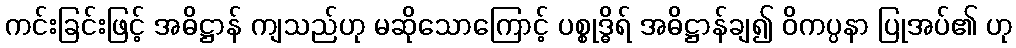
ကင်းခြင်းဖြင့် အဓိဋ္ဌာန် ကျသည်ဟု မဆိုသောကြောင့် ပစ္စုဒ္ဓိရ် အဓိဋ္ဌာန်ချ၍ ဝိကပ္ပနာ ပြုအပ်၏ ဟု